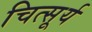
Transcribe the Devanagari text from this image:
चित्सूर्य